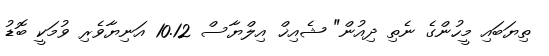
ތިޔަބައި މީހުންގެ ނެތި ދިއުން" ޝެއިޚް އިލްޔާސް 10.12 އަނިޔާވެރި ވުމަކީ ބޮޑު